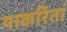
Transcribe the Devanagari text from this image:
याकरितां